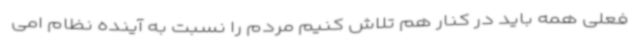
فعلی همه باید در کنار هم تلاش کنیم مردم را نسبت به آینده نظام امی